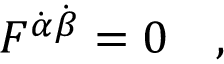
F ^ { \dot { \alpha } \dot { \beta } } = 0 \ \ \ ,